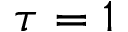
\tau = 1